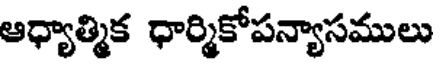
ఆధ్యాత్మిక ధార్మికోపన్యాసములు